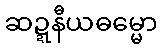
ဆဍ္ဍနီယဓမ္မော